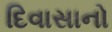
દિવાસાનો